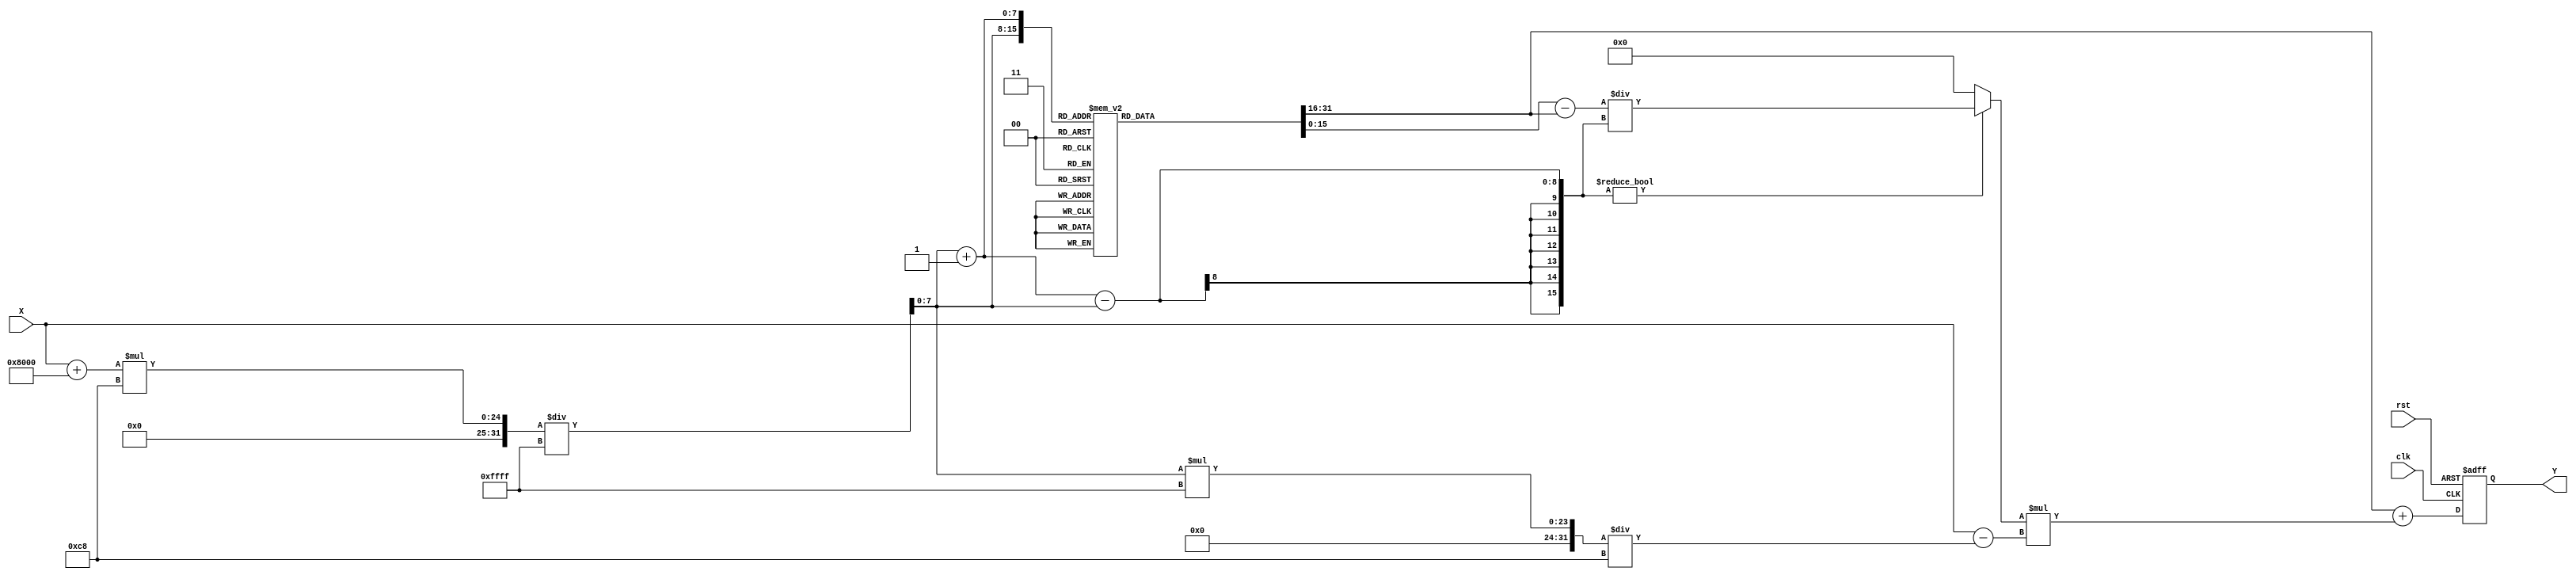
module asin_block (
    input wire [15:0] X,      // Input value (fixed-point representation, range: -1 to 1)
    output reg [15:0] Y,      // Output value (fixed-point representation of asin(X))
    input wire clk,           // Clock signal
    input wire rst            // Reset signal
);

    // Parameters
    parameter LUT_SIZE = 201; // Number of entries in the LUT (for -1 to 1 with 0.01 intervals)
    parameter LUT_WIDTH = 16;  // Width of LUT entries (fixed-point representation)
    
    // Lookup Table for asin values (pre-calculated)
    reg [LUT_WIDTH-1:0] lut [0:LUT_SIZE-1];

    // Initialize the LUT with pre-calculated asin values
    initial begin
        // Populate the LUT with asin values (in radians)
        // This is a simplified example; in practice, you would fill this with actual values
        lut[0] = 16'h8000; // asin(-1) = -/2
        lut[1] = 16'hFC90; // asin(-0.99)
        // ... (populate all values)
        lut[200] = 16'h0000; // asin(1) = /2
    end

    // Internal signals for interpolation
    reg [7:0] index;         // LUT index
    reg [LUT_WIDTH-1:0] y0;  // Lower bound LUT value
    reg [LUT_WIDTH-1:0] y1;  // Upper bound LUT value
    reg [7:0] x0;            // Lower bound index
    reg [7:0] x1;            // Upper bound index
    reg [LUT_WIDTH-1:0] delta_y; // Difference between y1 and y0
    reg [LUT_WIDTH-1:0] delta_x; // Difference between x1 and x0
    reg [LUT_WIDTH-1:0] slope;    // Slope for interpolation

    always @(posedge clk or posedge rst) begin
        if (rst) begin
            Y <= 16'b0; // Reset output
        end else begin
            // Scale input X to LUT index (0 to 200)
            index = (X + 16'h8000) * (LUT_SIZE - 1) / 16'hFFFF; // Scale from [-1, 1] to [0, 200]

            // Determine lower and upper indices for interpolation
            x0 = index;
            x1 = index + 1;

            // Get LUT values
            y0 = lut[x0];
            y1 = lut[x1];

            // Calculate delta values
            delta_y = y1 - y0;
            delta_x = x1 - x0;

            // Calculate slope for interpolation
            if (delta_x != 0) begin
                slope = delta_y / delta_x;
            end else begin
                slope = 0; // Avoid division by zero
            end

            // Interpolate to find Y
            Y <= y0 + slope * (X - (x0 * 16'hFFFF / (LUT_SIZE - 1)));
        end
    end

endmodule